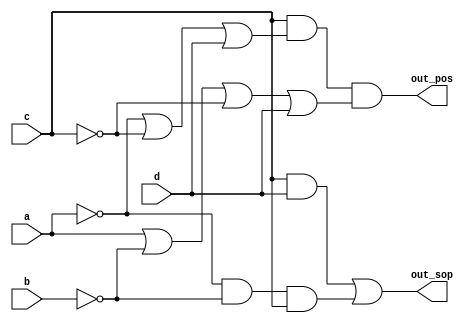
module top_module (
    input a,
    input b,
    input c,
    input d,
    output out_sop,
    output out_pos
);

    assign out_sop = (c & d) | (~a & ~b & c);
    assign out_pos = (c) & (~a | ~c | d) & (a | ~b | ~c | d);  // treat a b c d as 0, if it is 1, add ~

endmodule